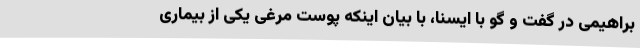
براهیمی در گفت و گو با ایسنا، با بیان اینکه پوست مرغی یکی از بیماری